Scottish Leaving Certificate Examination, 1955
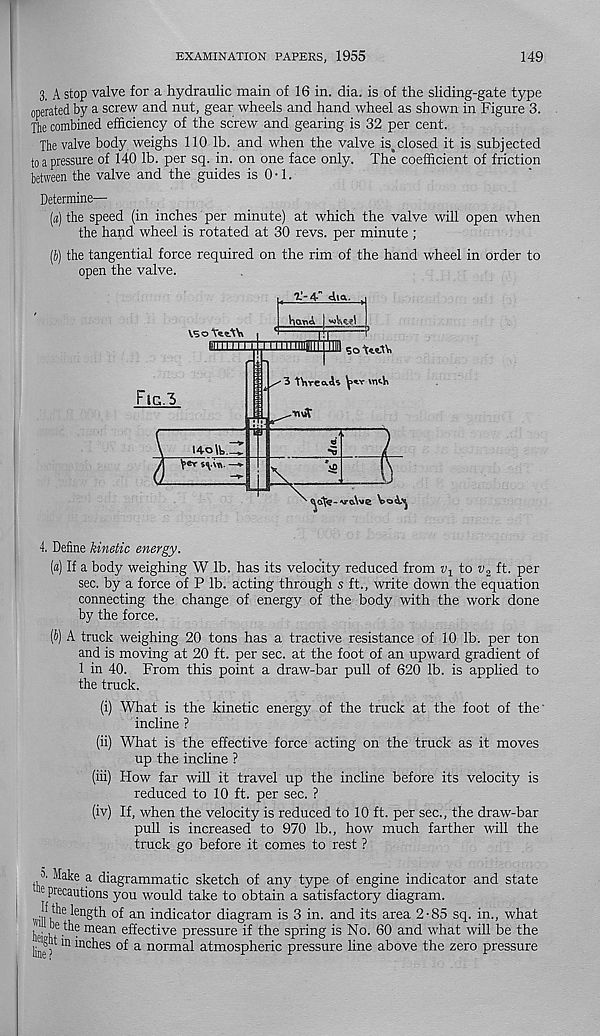
EXAMINATION PAPERS, 1955
149
3, A stop valve for a hydraulic main of 16 in. dia. is of the sliding-gate type
operated by a screw and nut, gear wheels and hand wheel as shown in Figure 3.
The combined efficiency of the screw and gearing is 32 per cent.
The valve body weighs 110 lb. and when the valve is,closed it is subjected
to a pressure of 140 lb. per sq. in. on one face only. The coefficient of friction
between the valve and the guides is 0-1.
Determine—
(«) the speed (in inches per minute) at which the valve will open when
the hand wheel is rotated at 30 revs, per minute ;
(b) the tangential force required on the rim of the hand wheel in order to
open the valve.
<Aia.
VscYctW |
firm 11111111 uumMirpii so
Ftc.3
140 \W.-
' 3 IVireals
w^Vi
\
X
-0-&W Y> 'o Av
4. Define kinetic energy.
(a) If a body weighing W lb. has its velocity reduced from v 1 to v 2 ft. per
sec. by a force of P lb. acting through s ft., write down the equation
connecting the change of energy of the body with the work done
by the force.
(b) A truck weighing 20 tons has a tractive resistance of 10 lb. per ton
and is moving at 20 ft. per sec. at the foot of an upward gradient of
1 in 40. From this point a draw-bar pull of 620 lb. is applied to
the truck.
(i) What is the kinetic energy of the truck at the foot of the'
incline ?
(ii) What is the effective force acting on the truck as it moves
up the incline ?
(iii) Plow far will it travel up the incline before its velocity is
reduced to 10 ft. per sec. ?
(iv) If, when the velocity is reduced to 10 ft. per sec., the draw-bar
pull is increased to 970 lb., how much farther will the
truck go before it comes to rest ?
a ' Make a diagrammatic sketch of any type of engine indicator and state
16 precautions you would take to obtain a satisfactory diagram.
length of an indicator diagram is 3 in. and its area 2-85 sq. in., what
i ■ ,j e . . mean effective pressure if the spring is No. 60 and what will be the
111 inches of a normal atmospheric pressure line above the zero pressure